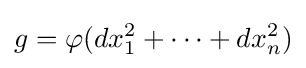
g=\varphi (dx_{1}^{2}+\cdots +dx_{n}^{2})